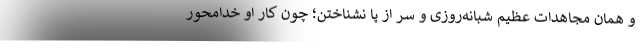
و همان مجاهدات عظیم شبانه‌روزی و سر از پا نشناختن؛ چون کار او خدامحور